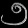
Digit: ၅